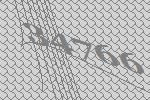
34766